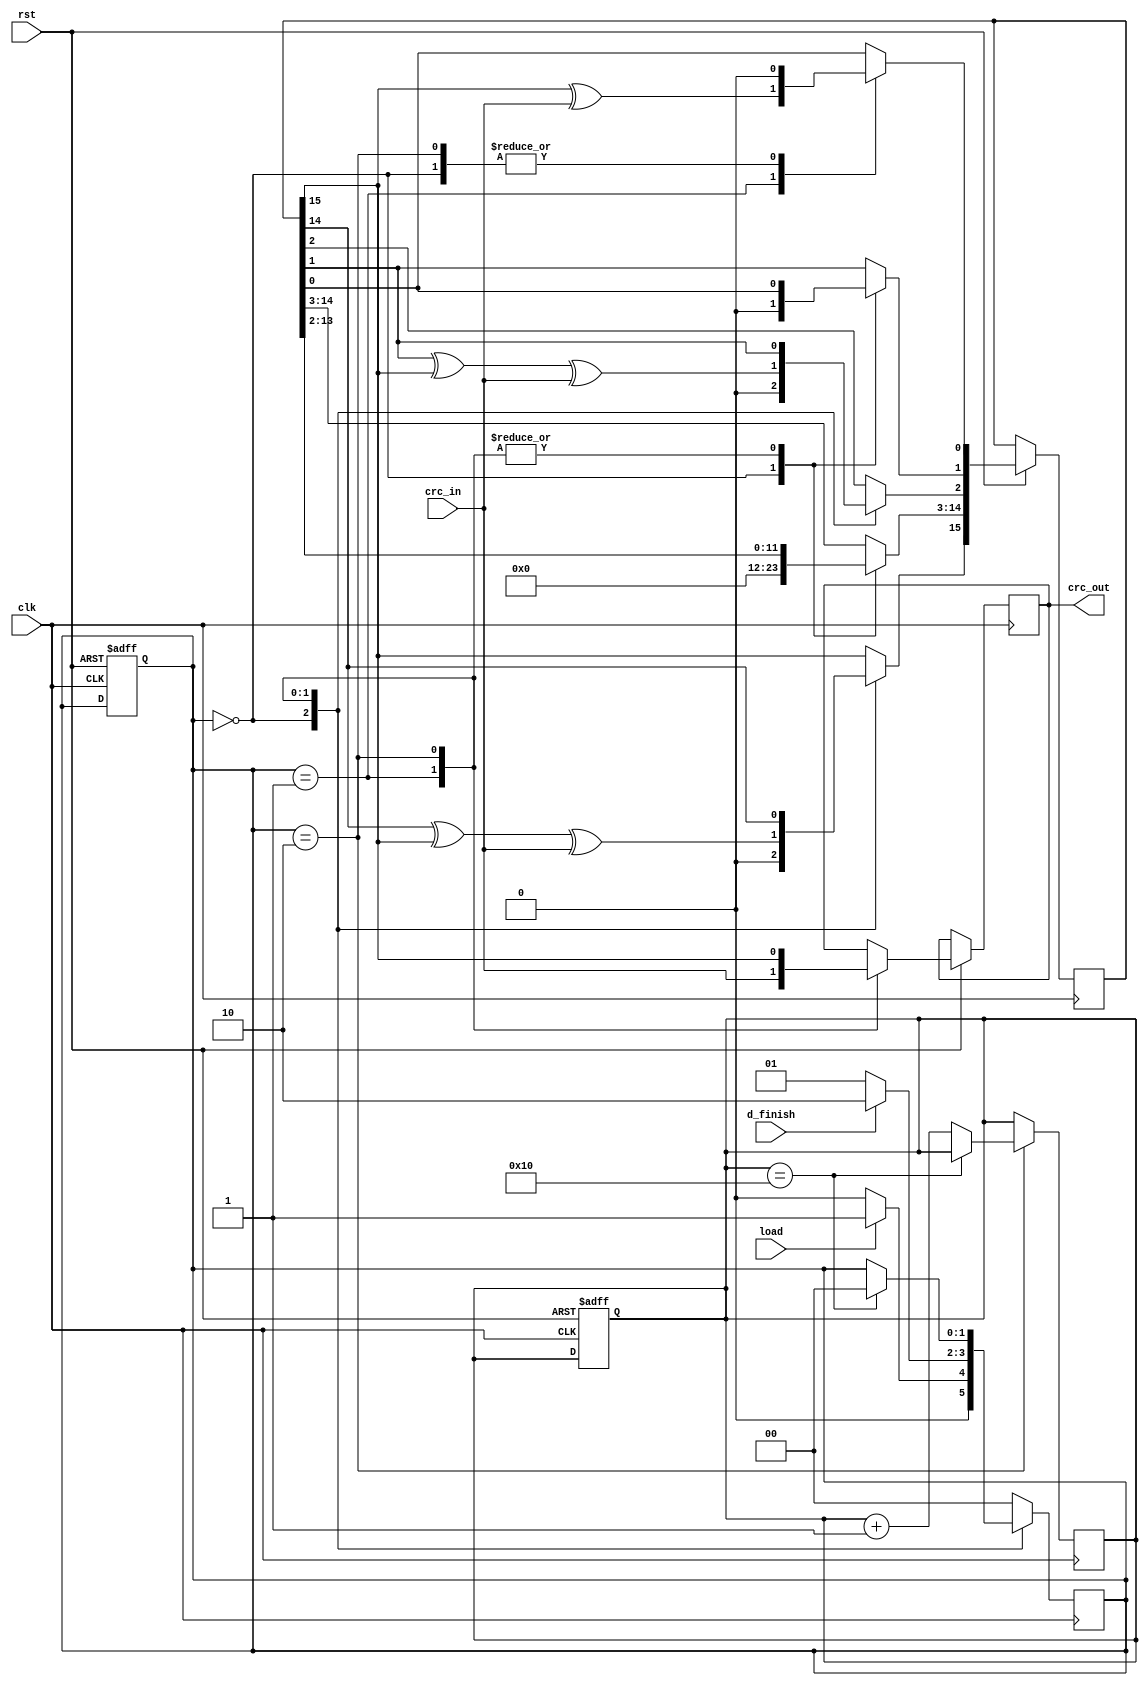
`timescale 1ns / 1ps

module CRC_SERIAL(clk,rst,load,d_finish,crc_in,crc_out);
    input clk; //Clk signal
input rst; //Reset signal
input load; //Start encoding the signal
input d_finish; //Encode the end signal
input crc_in; //The word input to be encoded
output  reg crc_out; //Code word output after encoding

reg [15:0] mem; //Linear shift staging, 16bits 
reg [1:0] state; //State staging, 2bit 
reg [4:0] count; //Count staging, 5bit 
parameter idle = 2'b00; //Wait state
parameter compute = 2'b01;//calculated status
parameter finish = 2'b10; //Calculate the end state
always@ (posedge clk) //executed each time the clk is triggered for a positive edge
begin // can be seen as the upper parenthesis in the c language, and end can be seen as the lower parenthesis
    case (state) // Select case in state 
         idle: begin // is the wait state
             if (load) //load signal enters the compute state effectively
             state <= compute; 
             else
             state <= idle; 
             end
         compute:begin //d_finish signal enters the finish state effectively
             if(d_finish) 
             state <= finish; 
             else
             state <= compute; 
             end
         finish: begin // Determines whether the data in the 16 stagings is fully output
             if(count==16) 
             state <= idle; 
             else
             count <= count+1; 
             end
         default:state<=idle;
    endcase
    end 
    always@ (posedge clk or negedge rst)//whenever the clk positive trigger or rst negative edge trigger is executed
     if(!rst) 
         begin 
         //mem the initial value < pre-installed b0000_0000_0000_0000 15:0, 15:0, 16'
         count <= 5'b0_0000; 
         state <= idle; 
         end
     else
     case(state) 
     idle:begin
     mem[15:0] <= 16'b0000_0000_0000_0000; 
     end
     compute:begin 
     //Produces a polynomial x^16+x^15+x^2+1 
     mem[0] <= mem[15] ^ crc_in; 
     mem[1] <= mem[0]; 
     mem[2] <= mem[1] ^ mem[15] ^ crc_in; 
     mem[14:3] <= mem[13:2]; 
     mem[15] <= mem[14] ^ mem[15] ^ crc_in; 
     crc_out <= crc_in; // The input is the output
     end 
     finish:begin 
     crc_out <= mem[15]; // Stager 15 as output
     mem[15:0] <= {mem[14:0],1'b0}; // Shift.
     end 
     endcase 
endmodule